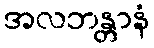
အလဘန္တာနံ